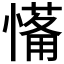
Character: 𱟉